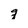
Character: q